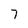
Character: 7